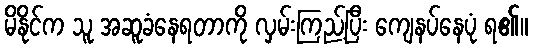
မိနိုင်က သူ အဆူခံနေရတာကို လှမ်းကြည့်ပြီး ကျေနပ်နေပုံ ရ၏။